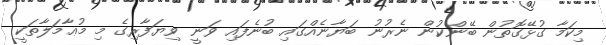
މިކަމާ ގުޅޭގޮތުން ބޭންކުން ނެރުނު ބަޔާނެއްގައި ބުނެފައި ވަނީ ވިޔަފާރިގެ މި މުޢާމަލާތަކީ